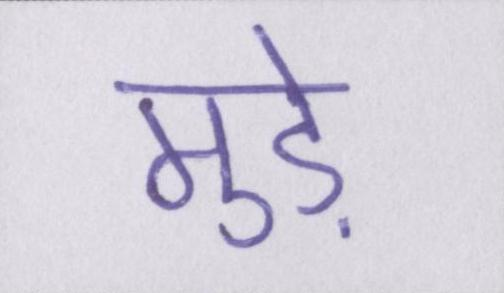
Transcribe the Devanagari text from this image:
मुड़े